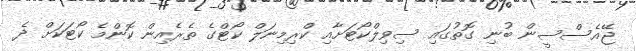
ޖޭއެސްސީން ބުނި ގޮތުގައި ސިވިލްކޯޓަށާއި ކްރިމިނަލް ކޯޓްގެ ތެރެއިން ކޮންމެ ކޯޓަކަށް ދެ